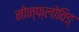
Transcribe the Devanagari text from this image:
नोन्फ्लोविङ्